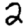
Digit: 2